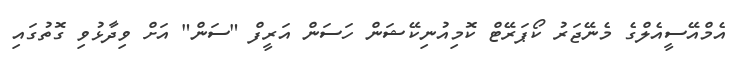
އެމްއޭސީއެލްގެ މެނޭޖަރު ކޯޕަރޭޓް ކޮމިއުނިކޭޝަން ހަސަން އަރީފް "ސަން" އަށް ވިދާޅުވި ގޮތުގައި